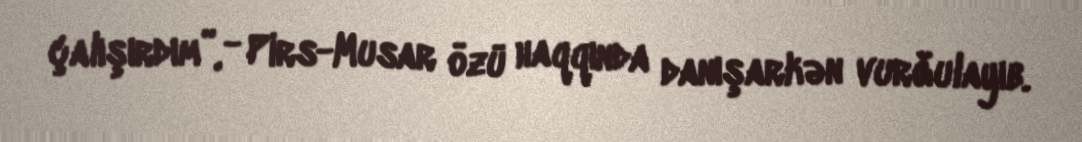
çalışırdım”, - Pirs-Musar özü haqqında danışarkən vurğulayıb.